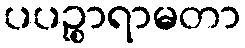
ပပဉ္စာရာမတာ